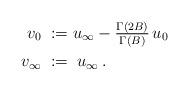
LaTeX: \begin{align*} v_0\;&:=u_\infty-{\textstyle \frac{\Gamma(2B)}{\Gamma(B)}}\,u_0 \\ v_\infty\;&:=\;u_\infty \,. \end{align*}